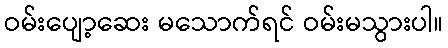
ဝမ်းပျော့ဆေး မသောက်ရင် ဝမ်းမသွားပါ။